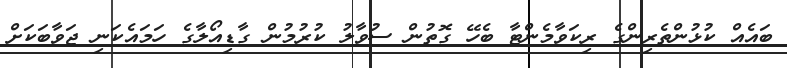
ބައެއް ކުޅުންތެރިންގެ ރިކަވާމެންޓާ ބެހޭ ގޮތުން ސުވާލު ކުރުމުން ގާޑިއޯލާގެ ހަމައެކަނި ޖަވާބަކަށް